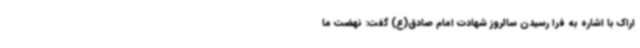
اراک با اشاره به فرا رسیدن سالروز شهادت امام صادق(ع) گفت: نهضت ما